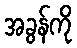
အခွန်ကို